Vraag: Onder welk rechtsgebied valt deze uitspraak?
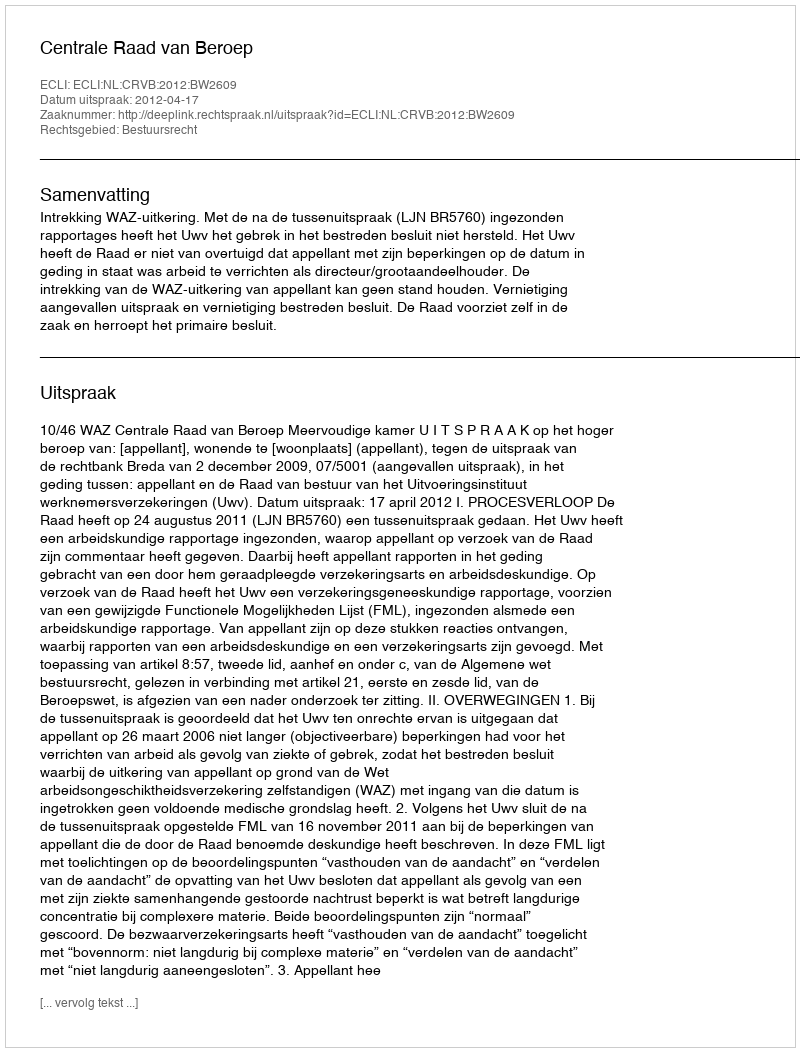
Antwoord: Bestuursrecht